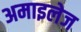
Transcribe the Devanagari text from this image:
अमाइलेज